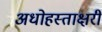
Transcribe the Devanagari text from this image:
अधोहस्ताक्षरी